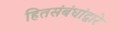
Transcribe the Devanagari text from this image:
हितसंबंधांद्वारे